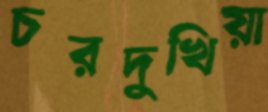
চরদুখিয়া